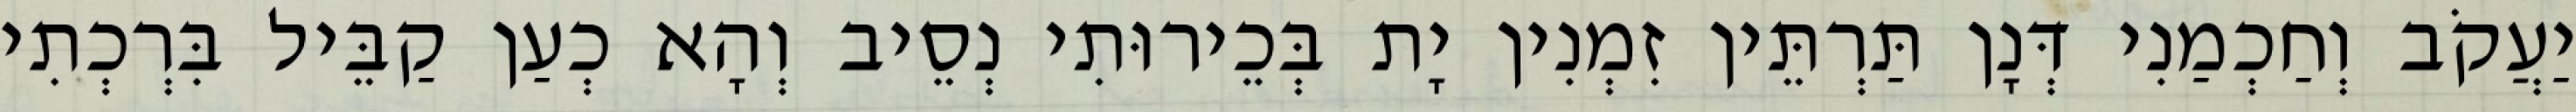
יַעֲקֹב וְחַכְמַנִי דְּנָן תַּרְתֵּין זִמְנִין יָת בְּכֵירוּתִי נְסֵיב וְהָא כְעַן קַבֵּיל בִּרְכְתִי